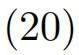
$(20)$